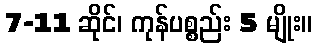
7-11 ဆိုင်၊ ကုန်ပစ္စည်း 5 မျိုး။